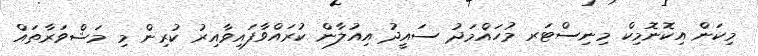
މިކަން އިކޮނޮމިކް މިނިސްޓަރ މުހައްމަދު ސައީދު އިއުލާން ކުރައްވާފައިވާއިރު ކުރިން މި މަޝްވަރާތައް